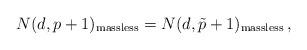
LaTeX: \begin{align*}N(d,p+1)_{\rm massless}=N(d,\tilde{p}+1)_{\rm massless}\, ,\end{align*}